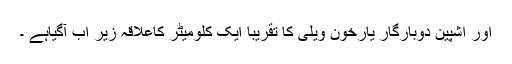
اور اشپین دوبارگار یارخون ویلی کا تقریبا ایک کلومیٹر کاعلاقہ زیر اب آگیاہے ۔